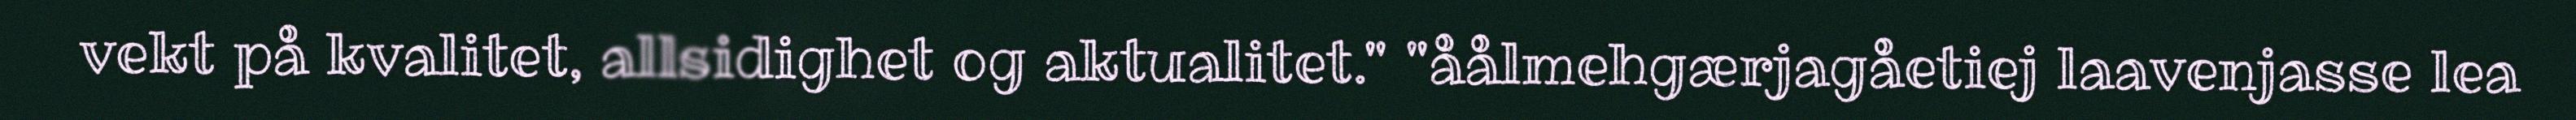
vekt på kvalitet, allsidighet og aktualitet." "åålmehgærjagåetiej laavenjasse lea